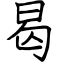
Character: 曷